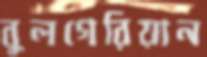
বুলগেরিয়ান